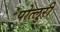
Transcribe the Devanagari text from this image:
पोत्लुरी